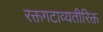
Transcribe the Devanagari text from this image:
रक्तगटाव्यतीरिक्त